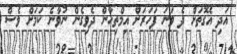
އަދި އެގޮތަށް ދެ ވަނަ ފަހަރަށް އިމްތިހާން ދެވިގެން ނުވާނެ ކަމަށް ވެސް